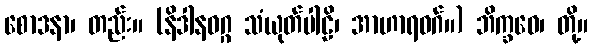
စောဒနာ၊ တည်း။ (နိဒါနဝဂ္ဂ သံယုတ်ပါဠိ၊ အာဟာရဝဂ်။) ဘိက္ခဝေ၊ တို့။